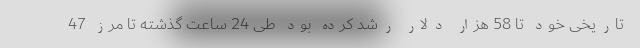
تاریخی خود تا 58 هزار دلار رشد کرده بود طی 24 ساعت گذشته تا مرز 47